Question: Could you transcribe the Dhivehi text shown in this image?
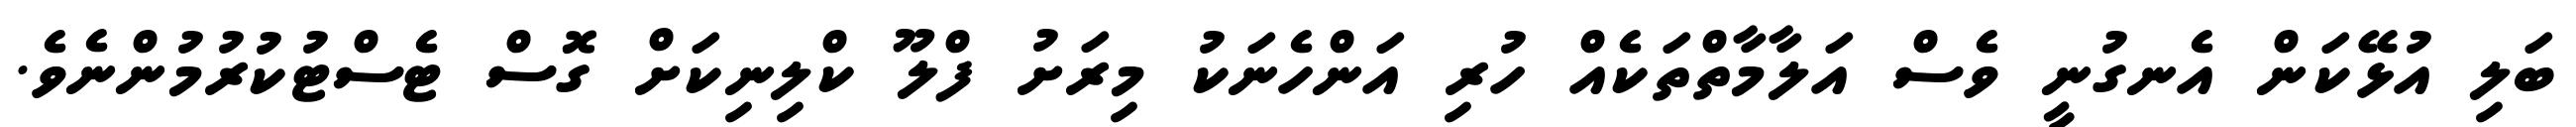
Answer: ބަލި އުޅޭކަން އެނގުނީ ވެސް އަލާމާތްތަކެއް ހުރި އަންހެނަކު މިރަށު ފްލޫ ކްލިނިކަށް ގޮސް ޓެސްޓުކުރުމުންނެވެ.